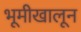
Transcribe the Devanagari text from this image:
भूमीखालून